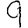
Digit: 9